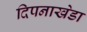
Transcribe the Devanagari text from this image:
दिपनाखेडा